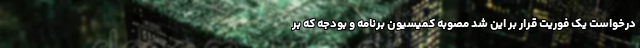
درخواست یک فوریت قرار بر این شد مصوبه کمیسیون برنامه و بودجه که بر